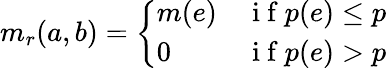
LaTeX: m_{r}(a,b)=\left\{ \begin{array}{ll}{m(e)}&{\mathrm{~i~f~}p(e)\leq p}\\ {0}&{\mathrm{~i~f~}p(e)>p}\end{array}\right.